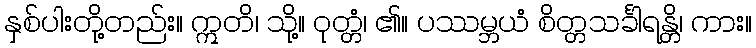
နှစ်ပါးတို့တည်း။ ဣတိ၊ သို့။ ဝုတ္တံ၊ ၏။ ပဿမ္ဘယံ စိတ္တသင်္ခါရန္တိ၊ ကား။